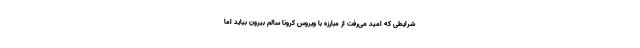
شرایطی که امید می‌رفت از مبارزه با ویروس کرونا سالم بیرون بیاید اما